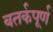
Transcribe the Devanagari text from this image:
बतर्कपूर्ण